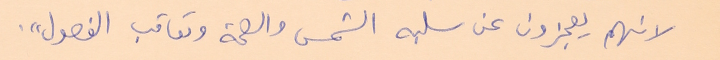
لانهم يعجزون عن سلبه الشمس والصحة وتعاقب الفصول".